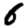
Digit: 6